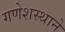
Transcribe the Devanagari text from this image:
गणेशस्थाने